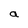
Character: a